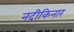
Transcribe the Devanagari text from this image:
नदीकिनार